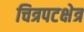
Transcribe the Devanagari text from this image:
चित्रपटक्षेत्र